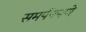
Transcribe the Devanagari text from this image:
समर्पपपणे